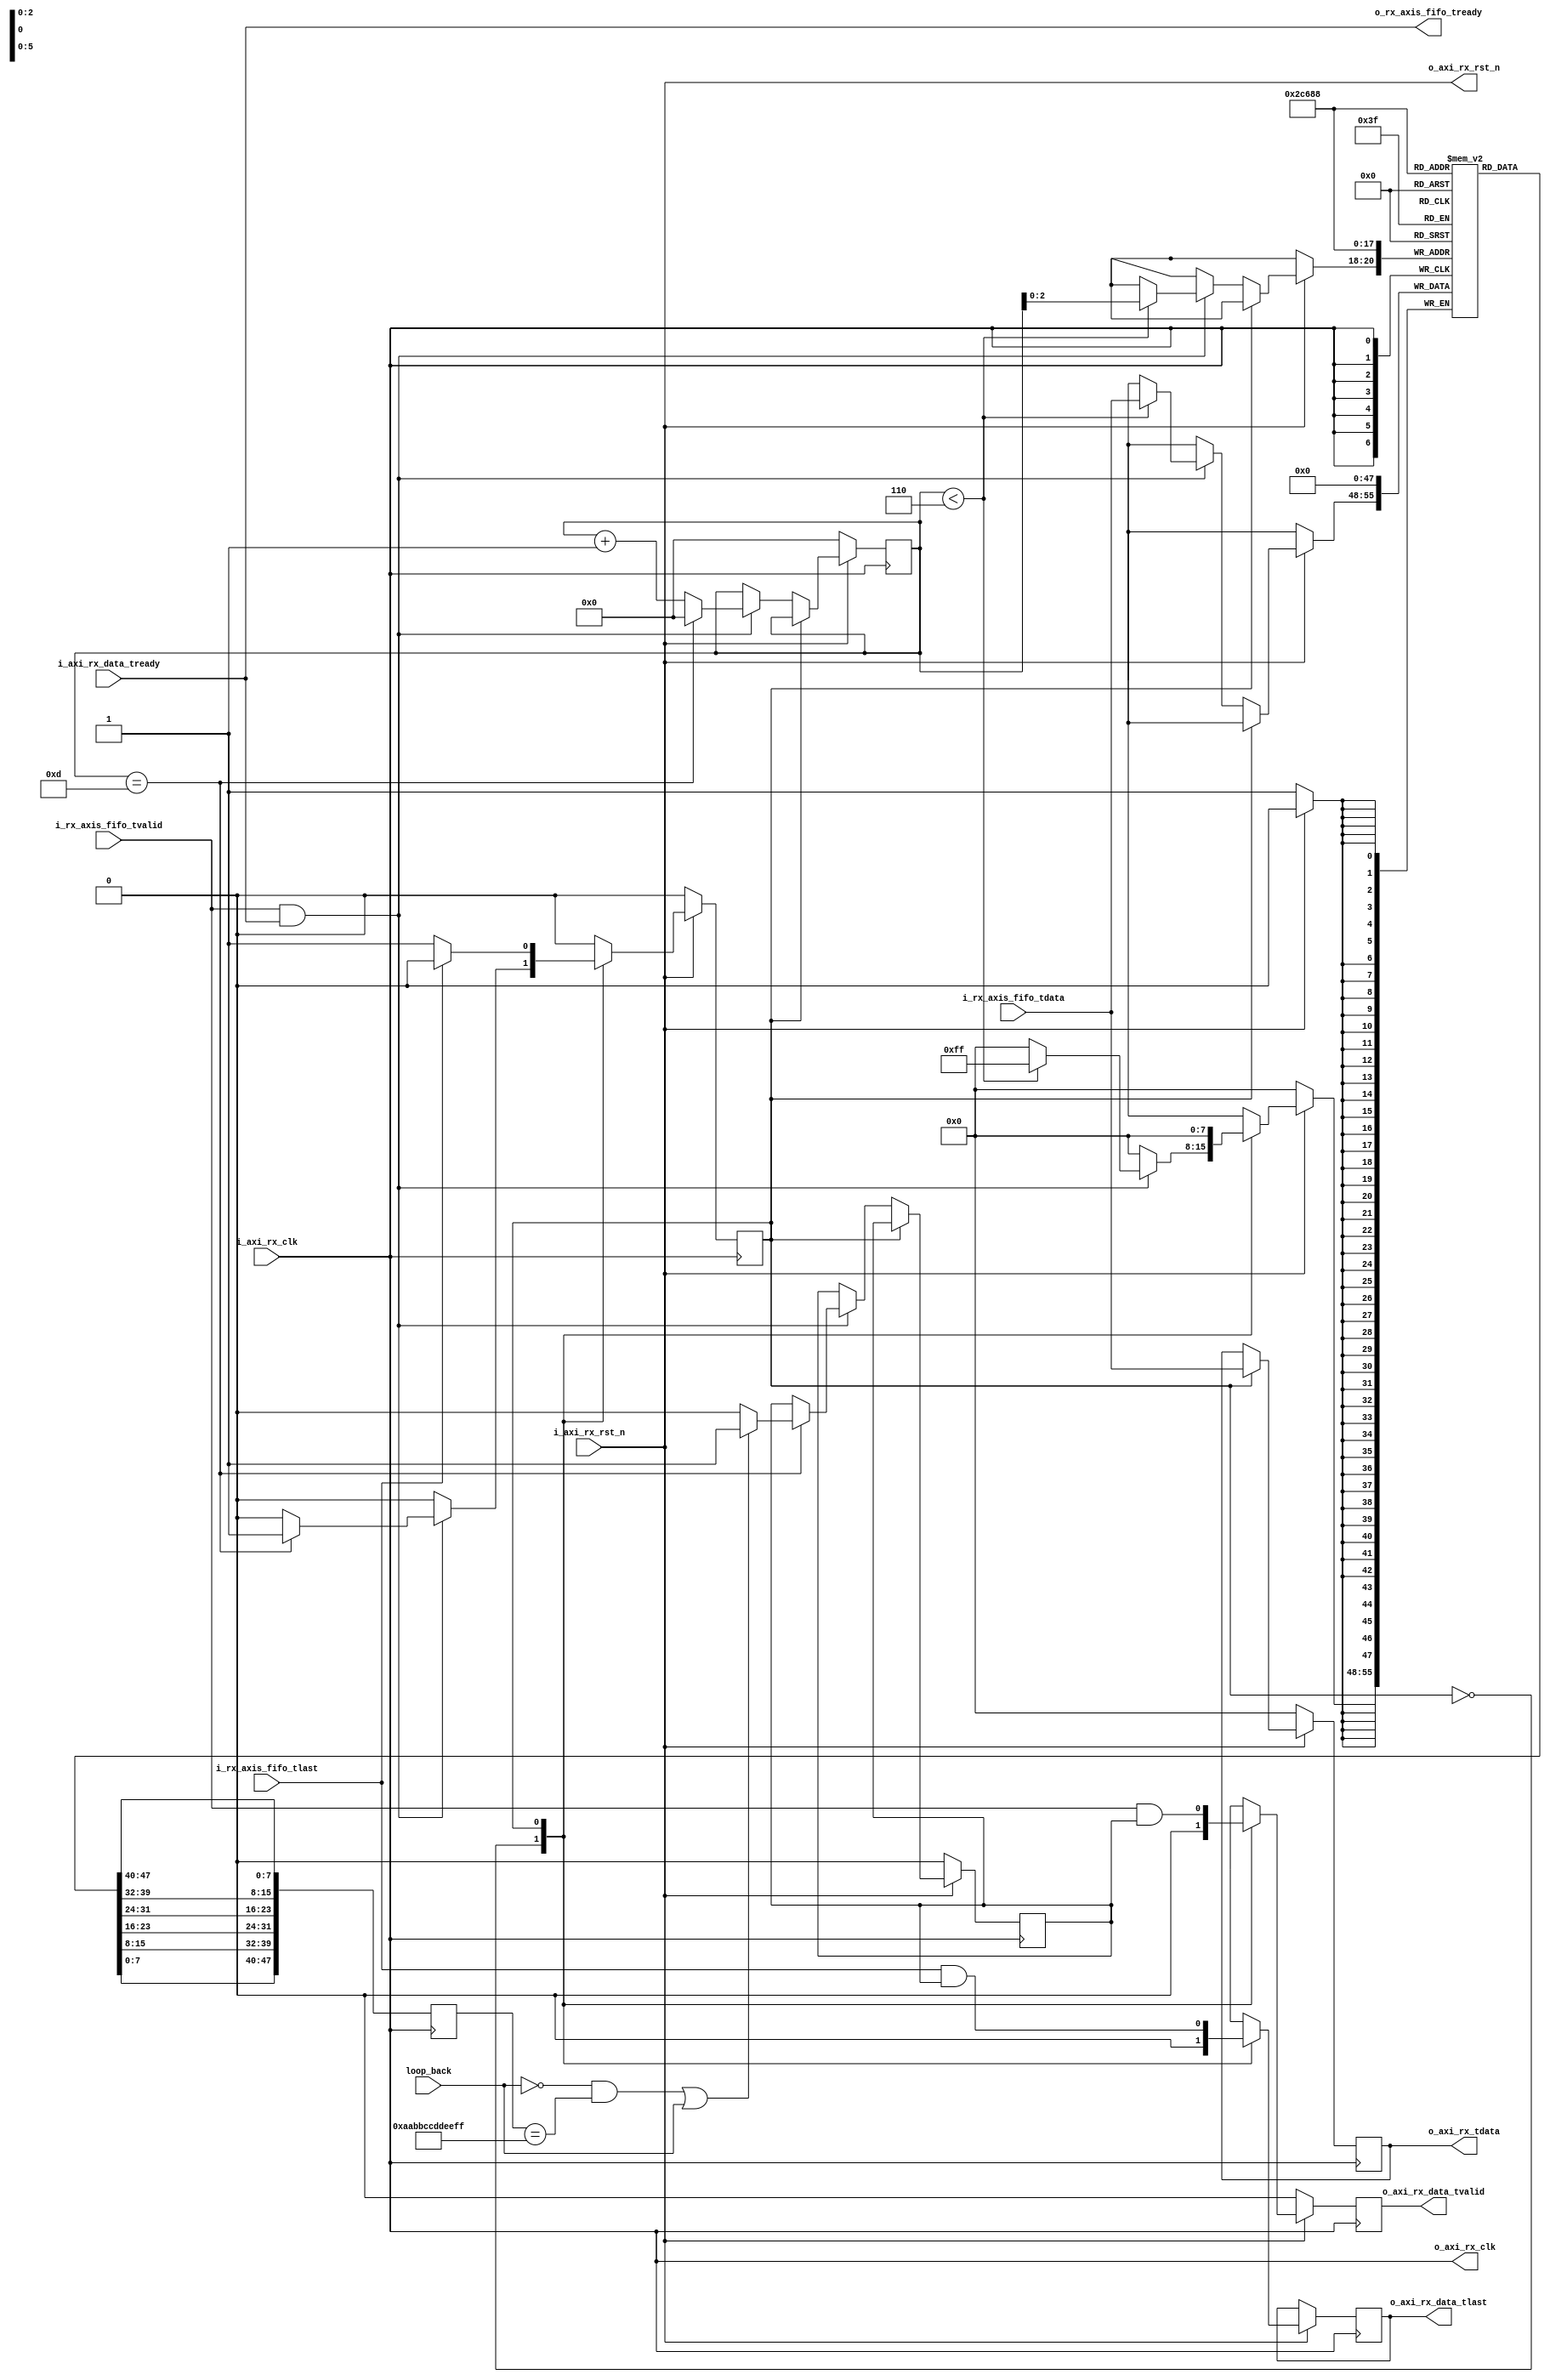
module eth_rcr_unpack #(parameter unpack_dst_addr = 48'hAABBCCDDEEFF)(
input    	      i_axi_rx_clk,
input    	      i_axi_rx_rst_n,
input    	      i_rx_axis_fifo_tvalid,
input  [7:0]      i_rx_axis_fifo_tdata,
input             i_rx_axis_fifo_tlast,
output            o_rx_axis_fifo_tready,
output            o_axi_rx_clk,
output            o_axi_rx_rst_n,
output reg [7:0]  o_axi_rx_tdata,
output reg        o_axi_rx_data_tvalid,
input             i_axi_rx_data_tready,
output reg        o_axi_rx_data_tlast,
input             loop_back
);
assign o_axi_rx_clk   =   i_axi_rx_clk;
assign o_axi_rx_rst_n =   i_axi_rx_rst_n;
assign o_rx_axis_fifo_tready = i_axi_rx_data_tready;
reg [3:0] pkt_len_cntr;
reg [7:0] dest_addr [5:0];
reg [47:0] destination_addr;
reg state;
reg no_filter;
parameter idle       = 1'b0,
          stream_pkt = 1'b1;
always @(posedge i_axi_rx_clk)
begin
    if(~i_axi_rx_rst_n)
	begin
	    o_axi_rx_data_tvalid   <=    1'b0;
		state                  <=    idle;
		pkt_len_cntr           <=    4'd0;
        o_axi_rx_tdata         <=    8'd0;
        no_filter              <=    1'b0;
        dest_addr[0]           <=    8'd0;
        dest_addr[1]           <=    8'd0;
        dest_addr[2]           <=    8'd0;
        dest_addr[3]           <=    8'd0;
        dest_addr[4]           <=    8'd0;
        dest_addr[5]           <=    8'd0;
	end
	else
	begin
	    case(state)
	        idle:begin
			     o_axi_rx_data_tvalid <= 1'b0;
				  o_axi_rx_data_tlast  <= 1'b0;
	           if(i_rx_axis_fifo_tvalid & i_axi_rx_data_tready) 
		        begin
		            pkt_len_cntr <= pkt_len_cntr+1'b1;  
		            if(pkt_len_cntr == 'd13)            
		            begin
                        if (((~loop_back) && (destination_addr == unpack_dst_addr)) || loop_back)
				            no_filter   <= 1'b1;
                        else
                            no_filter   <= 1'b0;
				        pkt_len_cntr <= 0;	
                        state <= stream_pkt;
				    end	
                    if(pkt_len_cntr < 'd6)
                        dest_addr[pkt_len_cntr] <= i_rx_axis_fifo_tdata; 
		        end
            end
			stream_pkt:begin
			   o_axi_rx_data_tvalid    <=    i_rx_axis_fifo_tvalid & no_filter;
				o_axi_rx_tdata          <=    i_rx_axis_fifo_tdata;
				o_axi_rx_data_tlast     <=    i_rx_axis_fifo_tlast & no_filter;
				if(i_rx_axis_fifo_tlast)
				begin
					state                  <=  idle;
				end	
			end
	    endcase
	end
end
always @(posedge i_axi_rx_clk)
begin
    destination_addr <= {dest_addr[0],dest_addr[1],dest_addr[2],dest_addr[3],dest_addr[4],dest_addr[5]};
end	 
endmodule